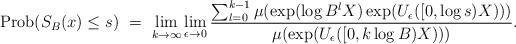
LaTeX: \begin{align*}{\rm Prob}(S_B(x) \le s)\ =\ \lim_{k\to\infty}\lim_{\epsilon\to 0}\frac{\sum_{l=0}^{k-1}\mu(\exp(\log B^lX)\exp(U_{\epsilon}([0,\log s)X)))}{\mu(\exp(U_{\epsilon}([0,k\log B)X)))}.\end{align*}